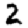
Digit: 2